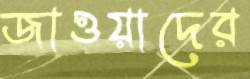
জাওয়াদের